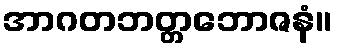
အာဂတဘတ္တဘောဇနံ။